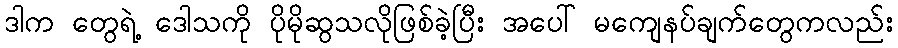
ဒါက တွေရဲ့ ဒေါသကို ပိုမိုဆွသလိုဖြစ်ခဲ့ပြီး အပေါ် မကျေနပ်ချက်တွေကလည်း